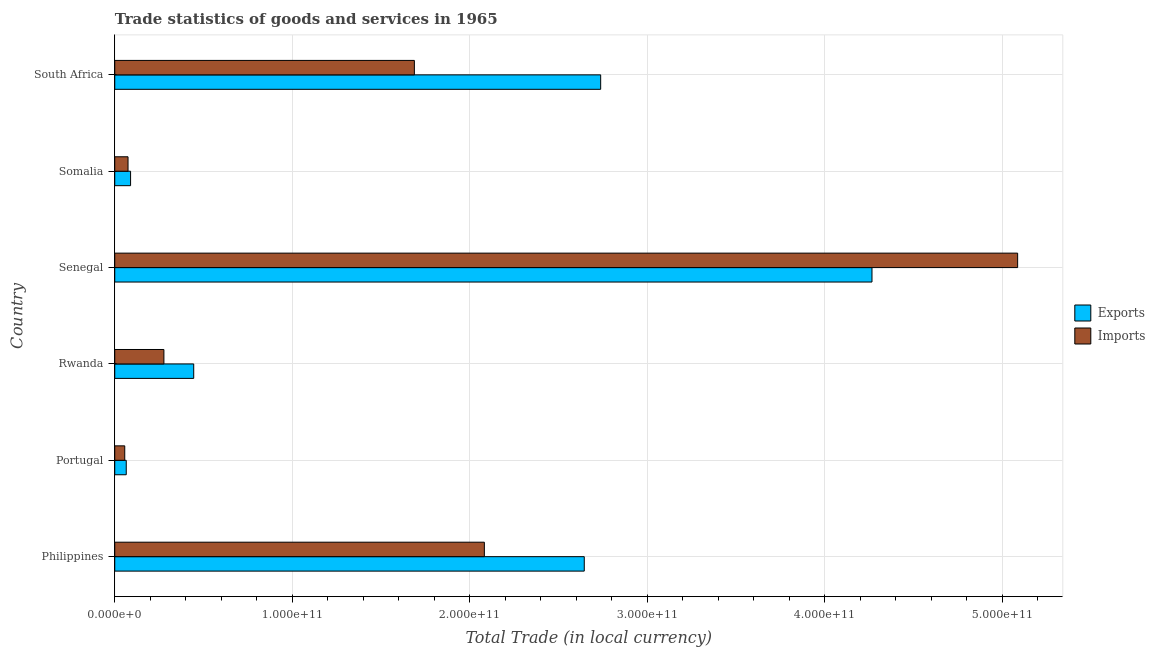
| Country | Exports | Imports |
 | --- | --- | --- |
 | Philippines | 2.65e+11 | 2.08e+11 |
 | Portugal | 6.48e+09 | 5.64e+09 |
 | Rwanda | 4.45e+10 | 2.77e+10 |
 | Senegal | 4.27e+11 | 5.09e+11 |
 | Somalia | 8.91e+09 | 7.49e+09 |
 | South Africa | 2.74e+11 | 1.69e+11 |